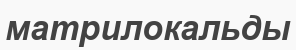
матрилокальды